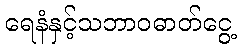
ရေနံနှင့်သဘာဝဓာတ်ငွေ့